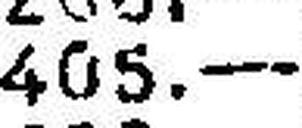
405.—